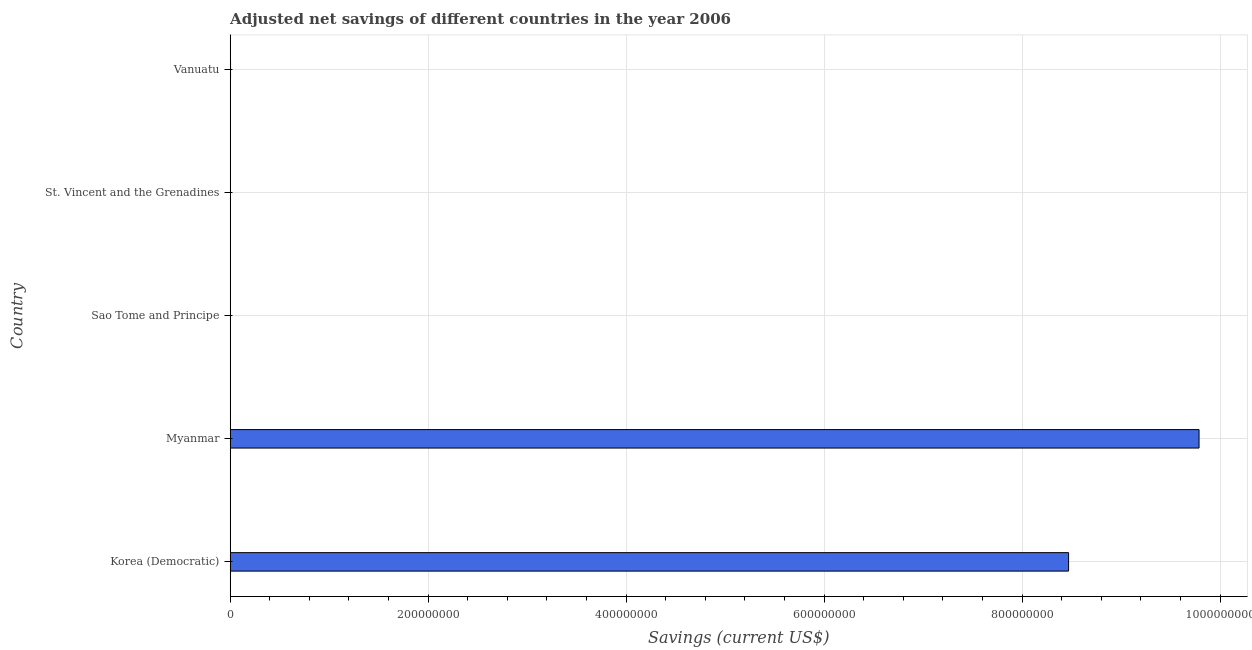
| Country | Adjusted savings: particulate emission damage (current US$) |
 | --- | --- |
 | Korea (Democratic) | 8.47e+08 |
 | Myanmar | 9.79e+08 |
 | Sao Tome and Principe | 1.21e+04 |
 | St. Vincent and the Grenadines | 4.45e+04 |
 | Vanuatu | 3.7e+05 |